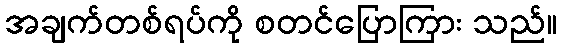
အချက်တစ်ရပ်ကို စတင်ပြောကြား သည်။